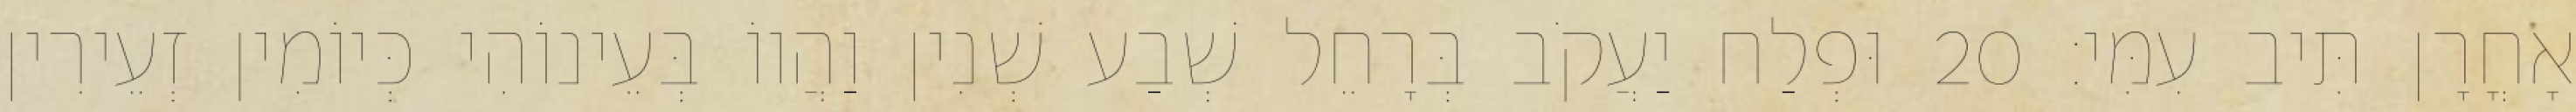
אָחֳרָן תִּיב עִמִּי׃ 20 וּפְלַח יַעֲקֹב בְּרָחֵל שְׁבַע שְׁנִין וַהֲווֹ בְּעֵינוֹהִי כְּיוֹמִין זְעֵירִין